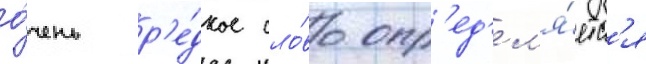
о́чень р'е́дкое сло́во опр'ед'ел'я́етс'я